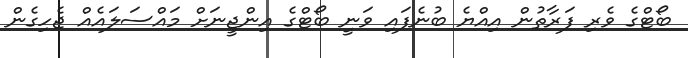
ބޯޓްގެ ވެރި ފަރާތުން އިއްޔެ ބުނެފައި ވަނީ ބޯޓްގެ އިންޖީނަށް މައްސަލައެއް ޖެހިގެން